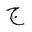
Letter: _gim